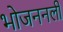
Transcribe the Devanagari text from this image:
भोजननली